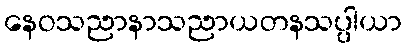
နေဝသညာနာသညာယတနသပ္ပါယာ